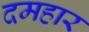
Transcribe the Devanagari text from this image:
दमहार